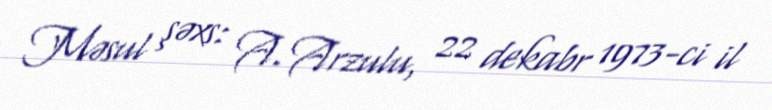
Məsul şəxs: A. Arzulu, 22 dekabr 1973-ci il